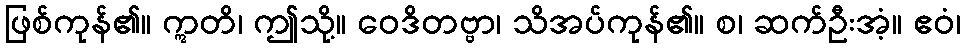
ဖြစ်ကုန်၏။ ဣတိ၊ ဤသို့။ ဝေဒိတဗ္ဗာ၊ သိအပ်ကုန်၏။ စ၊ ဆက်ဦးအံ့။ ဧဝံ၊